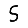
Digit: 5